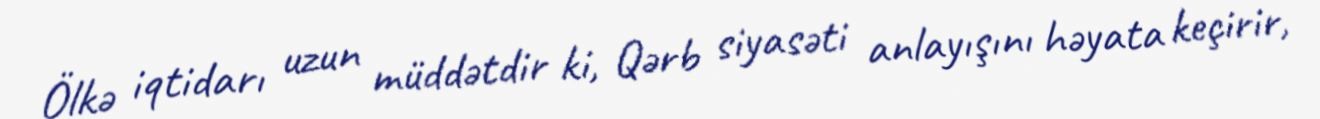
Ölkə iqtidarı uzun müddətdir ki, Qərb siyasəti anlayışını həyata keçirir,